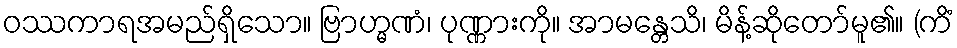
ဝဿကာရအမည်ရှိသော။ ဗြာဟ္မဏံ၊ ပုဏ္ဏားကို။ အာမန္တေသိ၊ မိန့်ဆိုတော်မူ၏။ (ကိံ